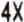
4X